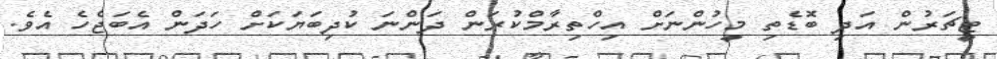
ޓީޗަރުން އަދި ބޮޑެތި މީހުންނަށް އިހްތިރާމްކުރަން ދަންނަ ކުދިބަޔަކަށް ހަދަން އެބަޖެހެ އެވެ.